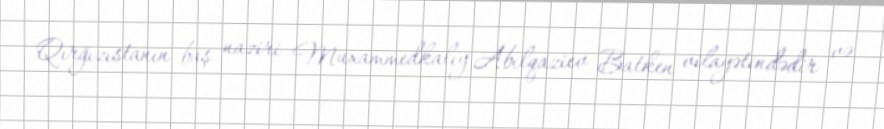
Qırğızıstanın baş naziri Muxammedkalıy Abılqaziev Batken vilayətindədir və